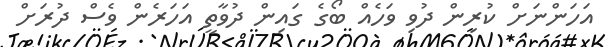
އަހަންނަށް ކުރިން ދުވި ވަހެއް ބޯގެ ގައިން ދުވާތީ އަހަރެން ވެސް ދުރަށް